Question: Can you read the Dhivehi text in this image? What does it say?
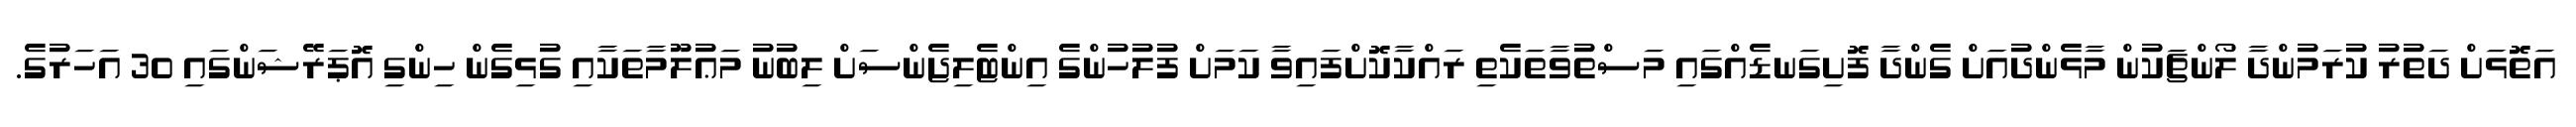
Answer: އަތޮޅަށް ދަތުރު ކުރަމުންދާ ލޯންޗަކުން މާޅެންދުއަށް ގެންދާ ފޮށިގަނޑެއްގައި މަސްތުވާތަކެތި ރައްކާކޮށްފައިވާ ކަމަށް ފުލުހުންގެ އިންޓެލިޖެންސަށް ލިބުނު މަޢުލޫމާތަކާއި ގުޅިގެން ހިންގި އޮޕަރޭޝަންގައި 30 އަހަރުގެ.